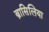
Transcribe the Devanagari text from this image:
ब्रासिलिया